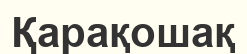
Қарақошақ